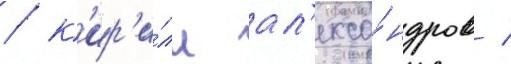
/ к'ир'и́лл ал'екса́ндров /